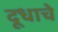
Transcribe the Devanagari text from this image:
दूधाचे